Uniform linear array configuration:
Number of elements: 12
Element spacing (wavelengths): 0.25
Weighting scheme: blackman
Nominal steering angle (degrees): -30
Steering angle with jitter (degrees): -29.168
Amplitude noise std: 0.05
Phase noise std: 0.05

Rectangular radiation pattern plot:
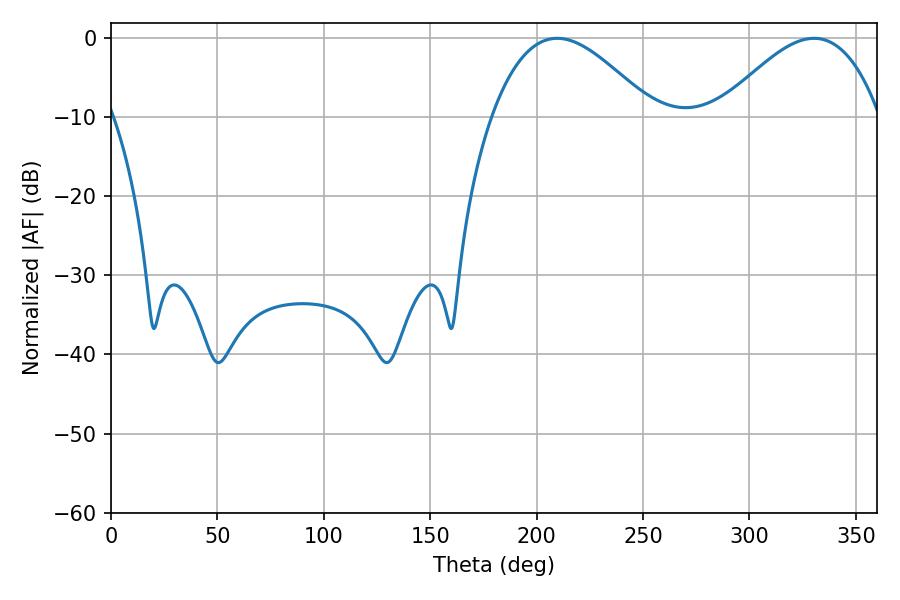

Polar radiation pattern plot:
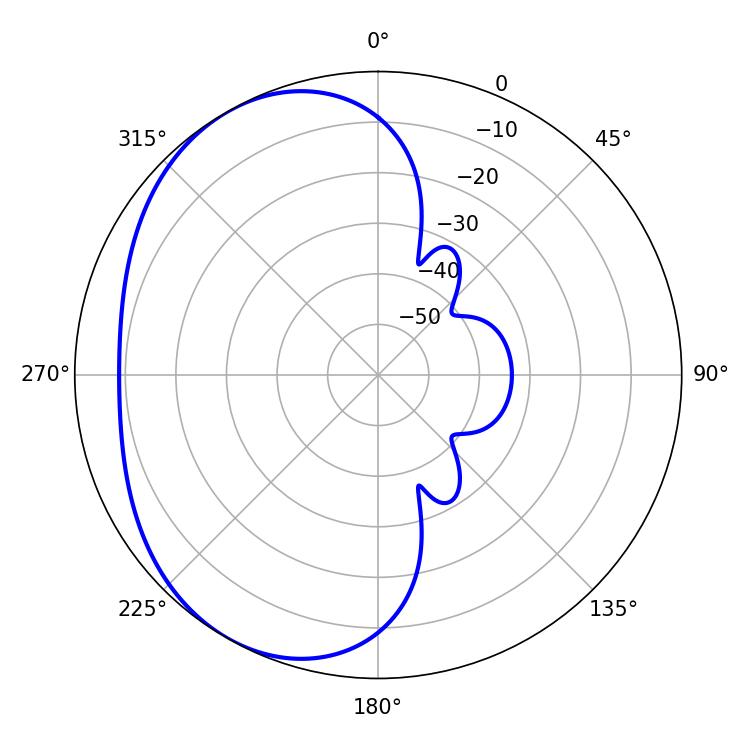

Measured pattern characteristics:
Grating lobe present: FALSE
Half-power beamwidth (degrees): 40.86
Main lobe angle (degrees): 209.7